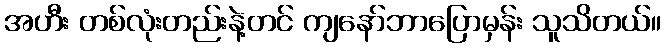
အဟီး တစ်လုံးတည်းနဲ့တင် ကျနော်ဘာပြောမှန်း သူသိတယ်။